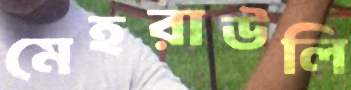
মেহরাউলি